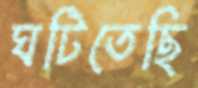
ঘটিতেছি